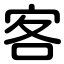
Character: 客